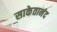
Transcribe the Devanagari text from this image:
साकेतानंद